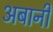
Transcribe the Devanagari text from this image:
अबानी